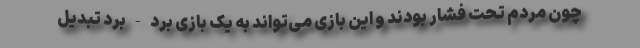
چون مردم تحت فشار بودند و این بازی می‌تواند به یک بازی برد - برد تبدیل